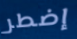
إضطر